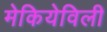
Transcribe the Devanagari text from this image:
मेकियेविली